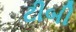
ટીબી